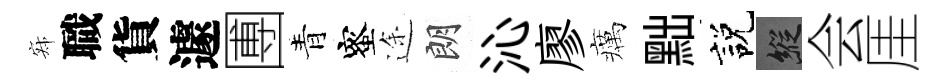
寂職貨遽圑青蜜途朗沁廖癘黜説縱会厓